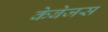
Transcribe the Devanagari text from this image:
केबेजस